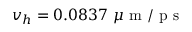
v _ { h } = 0 . 0 8 3 7 ~ \mu \mathrm { ~ m ~ / ~ p ~ s ~ }